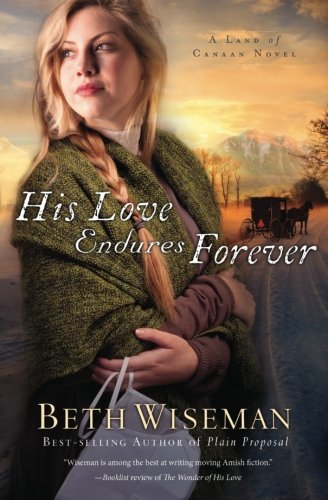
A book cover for His Love Endures Forever (A Land of Canaan Novel); Beth Wiseman; Literature & Fiction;